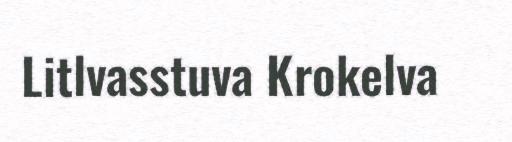
Litlvasstuva Krokelva